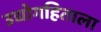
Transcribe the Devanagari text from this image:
उद्योगहिताला